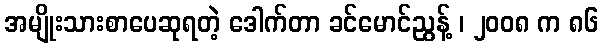
အမျိုးသားစာပေဆုရတဲ့ ဒေါက်တာ ခင်မောင်ညွန့် ၊ ၂၀၀၈ က ၈၆